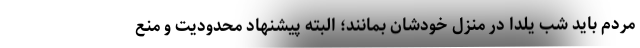
مردم باید شب یلدا در منزل خودشان بمانند؛ البته پیشنهاد محدودیت و منع